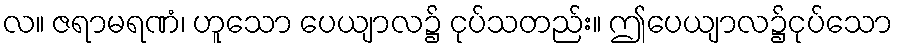
လ။ ဇရာမရဏံ၊ ဟူသော ပေယျာလ၌ ငုပ်သတည်း။ ဤပေယျာလ၌ငုပ်သော